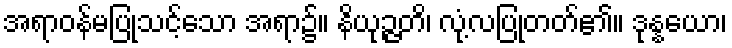
အရာဝန်မပြုသင့်သော အရာ၌။ နိယုဉ္ဇတိ၊ လုံ့လပြုတတ်၏။ ဒုန္နယော၊